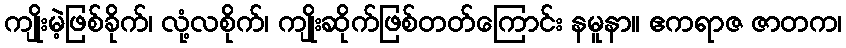
ကျိုးမဲ့ဖြစ်ခိုက်၊ လုံ့လစိုက်၊ ကျိုးဆိုက်ဖြစ်တတ်ကြောင်း နမူနာ။ ဧကရာဇ ဇာတက၊